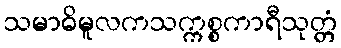
သမာဓိမူလကသက္ကစ္စကာရီသုတ္တံ